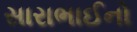
સારાભાઈનો